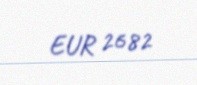
EUR 2682